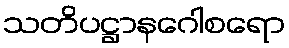
သတိပဋ္ဌာနဂေါစရော